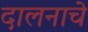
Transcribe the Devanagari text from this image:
दालनाचे